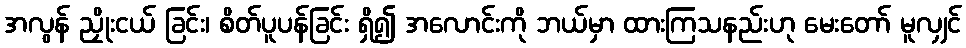
အလွန် ညှိုးငယ် ခြင်း၊ စိတ်ပူပန်ခြင်း ရှိ၍ အလောင်းကို ဘယ်မှာ ထားကြသနည်းဟု မေးတော် မူလျှင်